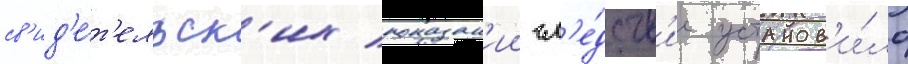
св'ид'е́т'ельск'их показан'ии сл'е́дств'ие установ'и́ло